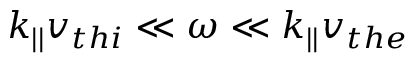
k _ { | | } v _ { t h i } \ll \omega \ll k _ { | | } v _ { t h e }